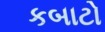
કબાટો